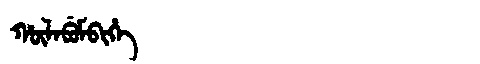
Manchu: ᡥᡡᠯᠠᠪᡠᠮᠪᡳᡥᡝ
Romanization: HŪLABUMBIHE